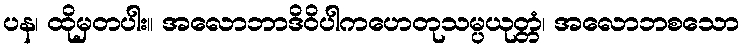
ပန၊ ထိုမှတပါး။ အလောဘာဒိဝိပါကဟေတုသမ္ပယုတ္တံ၊ အလောဘစသော